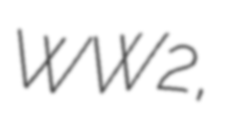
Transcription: WW2,